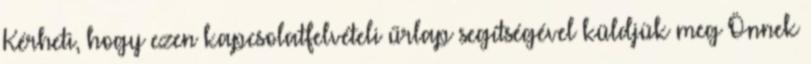
Kérheti, hogy ezen kapcsolatfelvételi űrlap segítségével küldjük meg Önnek